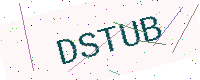
Text: DSTUB